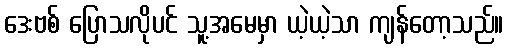
ဒေးဗစ် ပြောသလိုပင် သူ့အမေမှာ ယဲ့ယဲ့သာ ကျန်တော့သည်။